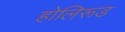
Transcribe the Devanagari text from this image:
होलिरूड